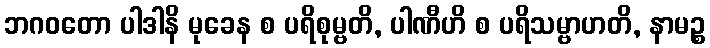
ဘဂဝတော ပါဒါနိ မုခေန စ ပရိစုမ္ဗတိ, ပါဏီဟိ စ ပရိသမ္ဗာဟတိ, နာမဉ္စ